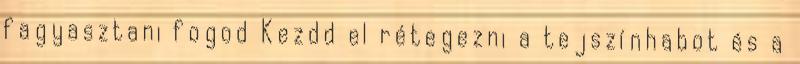
fagyasztani fogod Kezdd el rétegezni a tejszínhabot és a